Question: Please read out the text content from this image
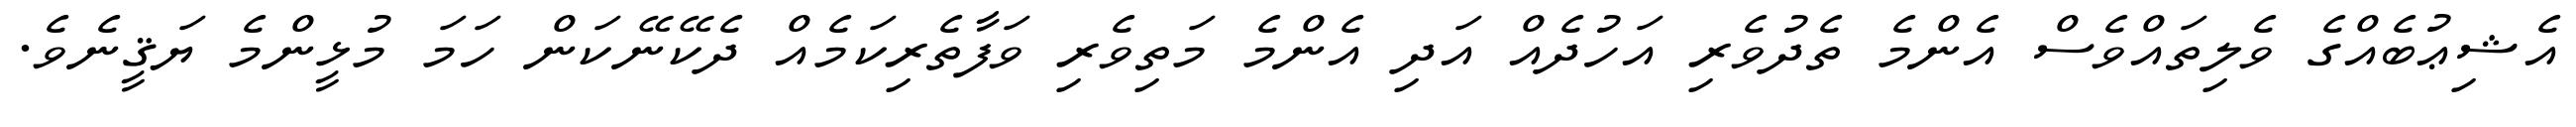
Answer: އެޝިޢުބެއްގެ ވެލިތައްވެސް އެންމެ ތެދުވެރި އަހުދެއް އަދި އެންމެ މަތިވެރި ވަފާތެރިކަމެއް ދެކޭނޭކަން ހަމަ މުޅީންމެ ޔަޤީނެވެ.